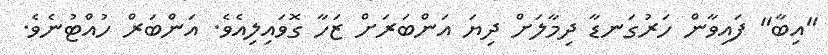
"އިބާ" ފައިވާން ހަރުގަނޑާ ދިމާލަށް ދިޔަ އަންބަރަށް ޒަހާ ގޮވައިލިއެވެ. އަންބަރް ހުއްޓުނެވެ.